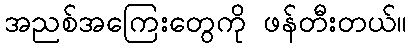
အညစ်အကြေးတွေကို ဖန်တီးတယ်။